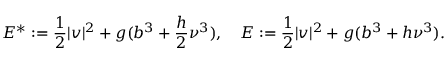
{ \cal E } ^ { * } : = \frac { 1 } { 2 } | \boldsymbol { v } | ^ { 2 } + g ( b ^ { 3 } + \frac { h } { 2 } \nu ^ { 3 } ) , \quad { \cal E } : = \frac { 1 } { 2 } | \boldsymbol { v } | ^ { 2 } + g ( b ^ { 3 } + h \nu ^ { 3 } ) .